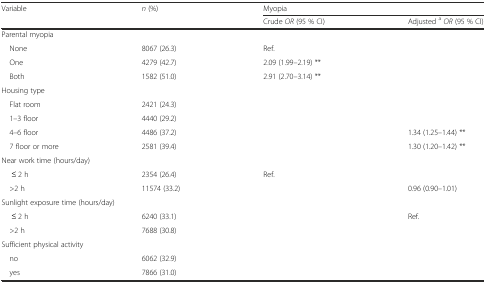
<table><thead><tr><td rowspan="2"><b>Variable</b></td><td rowspan="2"><b><i>n</i> (%)</b></td><td colspan="2"><b>Myopia</b></td></tr><tr><td><b>Crude <i>OR</i> (95 % CI)</b></td><td><b>Adjusted <sup>a</sup><i>OR</i> (95 % CI)</b></td></tr></thead><tbody><tr><td colspan="4">Parental myopia</td></tr><tr><td> None</td><td>8067 (26.3)</td><td>Ref.</td><td>[EMPTY_CELL]</td></tr><tr><td> One</td><td>4279 (42.7)</td><td>2.09 (1.99–2.19) **</td><td>[EMPTY_CELL]</td></tr><tr><td> Both</td><td>1582 (51.0)</td><td>2.91 (2.70–3.14) **</td><td>[EMPTY_CELL]</td></tr><tr><td colspan="4">Housing type</td></tr><tr><td> Flat room</td><td>2421 (24.3)</td><td>[EMPTY_CELL]</td><td>[EMPTY_CELL]</td></tr><tr><td> 1–3 floor</td><td>4440 (29.2)</td><td>[EMPTY_CELL]</td><td>[EMPTY_CELL]</td></tr><tr><td> 4–6 floor</td><td>4486 (37.2)</td><td>[EMPTY_CELL]</td><td>1.34 (1.25–1.44) **</td></tr><tr><td> 7 floor or more</td><td>2581 (39.4)</td><td>[EMPTY_CELL]</td><td>1.30 (1.20–1.42) **</td></tr><tr><td colspan="4">Near work time (hours/day)</td></tr><tr><td>≤ 2 h</td><td>2354 (26.4)</td><td>Ref.</td><td>[EMPTY_CELL]</td></tr><tr><td> &gt;2 h</td><td>11574 (33.2)</td><td>[EMPTY_CELL]</td><td>0.96 (0.90–1.01)</td></tr><tr><td colspan="4">Sunlight exposure time (hours/day)</td></tr><tr><td>≤ 2 h</td><td>6240 (33.1)</td><td>[EMPTY_CELL]</td><td>Ref.</td></tr><tr><td> &gt;2 h</td><td>7688 (30.8)</td><td>[EMPTY_CELL]</td><td>[EMPTY_CELL]</td></tr><tr><td colspan="4">Sufficient physical activity</td></tr><tr><td> no</td><td>6062 (32.9)</td><td>[EMPTY_CELL]</td><td>[EMPTY_CELL]</td></tr><tr><td> yes</td><td>7866 (31.0)</td><td>[EMPTY_CELL]</td><td>[EMPTY_CELL]</td></tr></tbody></table>